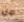
من